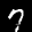
Label: 7